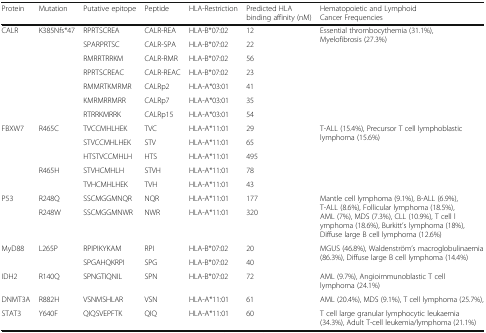
<table><thead><tr><td><b>Protein</b></td><td><b>Mutation</b></td><td><b>Putative epitope</b></td><td><b>Peptide</b></td><td><b>HLA-Restriction</b></td><td><b>Predicted HLA binding affinity (nM)</b></td><td><b>Hematopoietic and Lymphoid Cancer Frequencies</b></td></tr></thead><tbody><tr><td rowspan="7">CALR</td><td rowspan="7">K385Nfs*47</td><td>RPRTSCREA</td><td>CALR-REA</td><td>HLA-B*07:02</td><td>12</td><td rowspan="7">Essential thrombocythemia (31.1%), Myelofibrosis (27.3%)</td></tr><tr><td>SPARPRTSC</td><td>CALR-SPA</td><td>HLA-B*07:02</td><td>22</td></tr><tr><td>RMRRTRRKM</td><td>CALR-RMR</td><td>HLA-B*07:02</td><td>56</td></tr><tr><td>RPRTSCREAC</td><td>CALR-REAC</td><td>HLA-B*07:02</td><td>23</td></tr><tr><td>RMMRTKMRMR</td><td>CALRp2</td><td>HLA-A*03:01</td><td>41</td></tr><tr><td>KMRMRRMRR</td><td>CALRp7</td><td>HLA-A*03:01</td><td>35</td></tr><tr><td>RTRRKMRRK</td><td>CALRp15</td><td>HLA-A*03:01</td><td>54</td></tr><tr><td rowspan="5">FBXW7</td><td rowspan="3">R465C</td><td>TVCCMHLHEK</td><td>TVC</td><td>HLA-A*11:01</td><td>29</td><td rowspan="5">T-ALL (15.4%), Precursor T cell lymphoblastic lymphoma (15.6%)</td></tr><tr><td>STVCCMHLHEK</td><td>STV</td><td>HLA-A*11:01</td><td>65</td></tr><tr><td>HTSTVCCMHLH</td><td>HTS</td><td>HLA-A*11:01</td><td>495</td></tr><tr><td rowspan="2">R465H</td><td>STVHCMHLH</td><td>STVH</td><td>HLA-A*11:01</td><td>78</td></tr><tr><td>TVHCMHLHEK</td><td>TVH</td><td>HLA-A*11:01</td><td>43</td></tr><tr><td rowspan="2">P53</td><td>R248Q</td><td>SSCMGGMNQR</td><td>NQR</td><td>HLA-A*11:01</td><td>177</td><td rowspan="2">Mantle cell lymphoma (9.1%), B-ALL (6.9%), T-ALL (8.6%), Follicular lymphoma (18.5%), AML (7%), MDS (7.3%), CLL (10.9%), T cell lymphoma (18.6%), Burkitt’s lymphoma (18%), Diffuse large B cell lymphoma (12.6%)</td></tr><tr><td>R248W</td><td>SSCMGGMNWR</td><td>NWR</td><td>HLA-A*11:01</td><td>320</td></tr><tr><td rowspan="2">MyD88</td><td rowspan="2">L265P</td><td>RPIPIKYKAM</td><td>RPI</td><td>HLA-B*07:02</td><td>20</td><td rowspan="2">MGUS (46.8%), Waldenström’s macroglobulinaemia (86.3%), Diffuse large B cell lymphoma (14.4%)</td></tr><tr><td>SPGAHQKRPI</td><td>SPG</td><td>HLA-B*07:02</td><td>40</td></tr><tr><td>IDH2</td><td>R140Q</td><td>SPNGTIQNIL</td><td>SPN</td><td>HLA-B*07:02</td><td>72</td><td>AML (9.7%), Angioimmunoblastic T cell lymphoma (24.1%)</td></tr><tr><td>DNMT3A</td><td>R882H</td><td>VSNMSHLAR</td><td>VSN</td><td>HLA-A*11:01</td><td>61</td><td>AML (20.4%), MDS (9.1%), T cell lymphoma (25.7%),</td></tr><tr><td>STAT3</td><td>Y640F</td><td>QIQSVEPFTK</td><td>QIQ</td><td>HLA-A*11:01</td><td>60</td><td>T cell large granular lymphocytic leukaemia (34.3%), Adult T-cell leukemia/lymphoma (21.1%)</td></tr></tbody></table>